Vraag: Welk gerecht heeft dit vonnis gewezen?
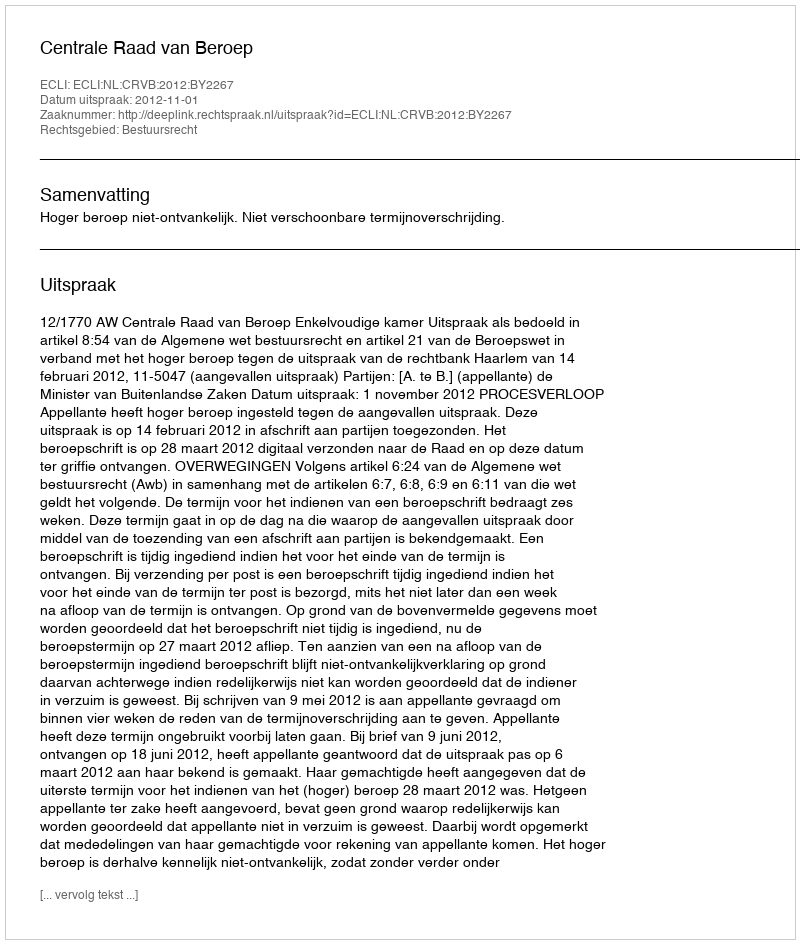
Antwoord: Centrale Raad van Beroep